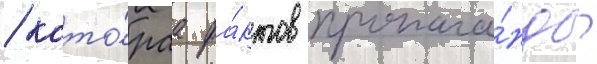
/ кото́раа фа́ктов пропага́нды